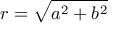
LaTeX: r = { \sqrt { a ^ { 2 } + b ^ { 2 } } }